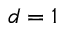
d = 1